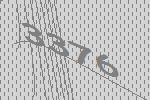
3376